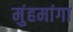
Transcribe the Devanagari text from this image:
मुंहमांगा